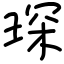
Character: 琛